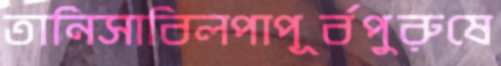
তানিসাবিলপাপূর্বপুরুষে